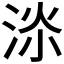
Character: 𱦫